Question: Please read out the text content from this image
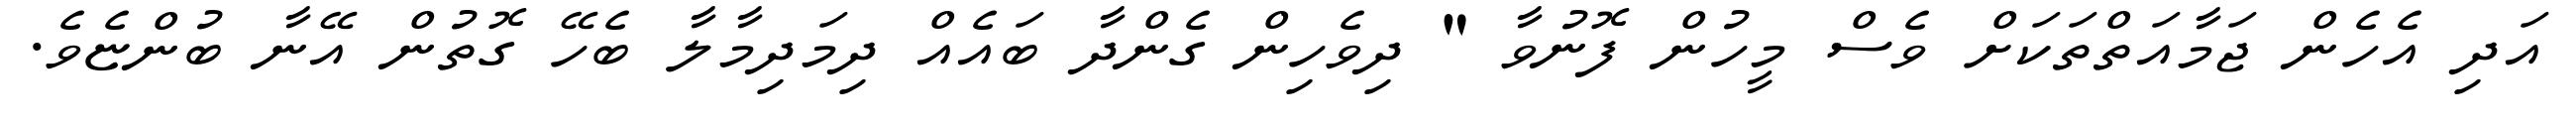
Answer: އަދި އެހެން ޖަމާއަތްތަކަށް ވެސް މީހުން ފޮނުވާ " ދިވެހިން ގެންދާ ބައެއް ދިމަދިމާލާ ބެހޭ ގޮތުން އޭނާ ބުންޏެވެ.